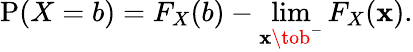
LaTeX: \operatorname{P}(X=b)=F_{X}(b)-\operatorname*{lim}_{\mathbf{x}\tob^{-}}F_{X}(\mathbf{x}).